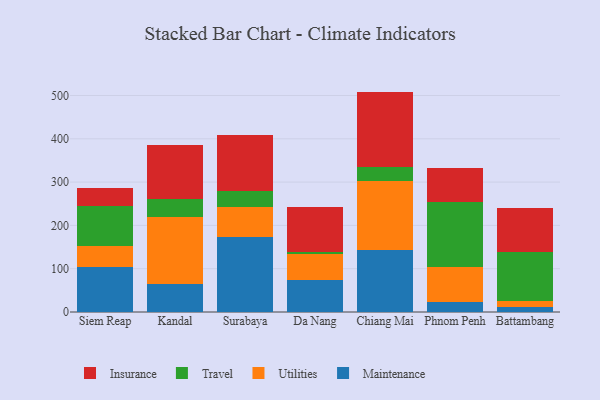
{"axis": {"x": "City", "y": "Customer Acquisition Cost (USD)"}, "legend": ["Insurance", "Maintenance", "Travel", "Utilities"], "data": [{"x": "Siem Reap", "y": 104.1, "type": "Maintenance"}, {"x": "Siem Reap", "y": 47.8, "type": "Utilities"}, {"x": "Siem Reap", "y": 92.2, "type": "Travel"}, {"x": "Siem Reap", "y": 42.8, "type": "Insurance"}, {"x": "Kandal", "y": 64.9, "type": "Maintenance"}, {"x": "Kandal", "y": 154.6, "type": "Utilities"}, {"x": "Kandal", "y": 41.8, "type": "Travel"}, {"x": "Kandal", "y": 125.5, "type": "Insurance"}, {"x": "Surabaya", "y": 173.0, "type": "Maintenance"}, {"x": "Surabaya", "y": 68.6, "type": "Utilities"}, {"x": "Surabaya", "y": 37.6, "type": "Travel"}, {"x": "Surabaya", "y": 128.7, "type": "Insurance"}, {"x": "Da Nang", "y": 74.6, "type": "Maintenance"}, {"x": "Da Nang", "y": 58.9, "type": "Utilities"}, {"x": "Da Nang", "y": 5.7, "type": "Travel"}, {"x": "Da Nang", "y": 102.4, "type": "Insurance"}, {"x": "Chiang Mai", "y": 143.4, "type": "Maintenance"}, {"x": "Chiang Mai", "y": 158.2, "type": "Utilities"}, {"x": "Chiang Mai", "y": 34.1, "type": "Travel"}, {"x": "Chiang Mai", "y": 173.3, "type": "Insurance"}, {"x": "Phnom Penh", "y": 22.8, "type": "Maintenance"}, {"x": "Phnom Penh", "y": 80.3, "type": "Utilities"}, {"x": "Phnom Penh", "y": 151.0, "type": "Travel"}, {"x": "Phnom Penh", "y": 79.1, "type": "Insurance"}, {"x": "Battambang", "y": 11.7, "type": "Maintenance"}, {"x": "Battambang", "y": 13.4, "type": "Utilities"}, {"x": "Battambang", "y": 113.3, "type": "Travel"}, {"x": "Battambang", "y": 102.3, "type": "Insurance"}]}